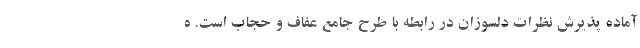
آماده پذیرش نظرات دلسوزان در رابطه با طرح جامع عفاف و حجاب است. ه